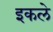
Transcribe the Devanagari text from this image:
इकले